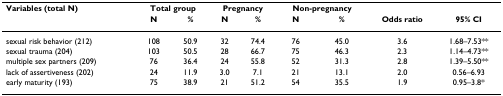
<table><thead><tr><td><b>Variables (total N)</b></td><td colspan="2"><b>Total group</b></td><td colspan="2"><b>Pregnancy</b></td><td colspan="2"><b>Non-pregnancy</b></td><td></td><td></td></tr><tr><td></td><td><b>N</b></td><td><b>%</b></td><td><b>N</b></td><td><b>%</b></td><td><b>N</b></td><td><b>%</b></td><td><b>Odds ratio</b></td><td><b>95% CI</b></td></tr></thead><tbody><tr><td>sexual risk behavior (212)</td><td>108</td><td>50.9</td><td>32</td><td>74.4</td><td>76</td><td>45.0</td><td>3.6</td><td>1.68–7.53**</td></tr><tr><td>sexual trauma (204)</td><td>103</td><td>50.5</td><td>28</td><td>66.7</td><td>75</td><td>46.3</td><td>2.3</td><td>1.14–4.73**</td></tr><tr><td>multiple sex partners (209)</td><td>76</td><td>36.4</td><td>24</td><td>55.8</td><td>52</td><td>31.3</td><td>2.8</td><td>1.39–5.50**</td></tr><tr><td>lack of assertiveness (202)</td><td>24</td><td>11.9</td><td>3.0</td><td>7.1</td><td>21</td><td>13.1</td><td>2.0</td><td>0.56–6.93</td></tr><tr><td>early maturity (193)</td><td>75</td><td>38.9</td><td>21</td><td>51.2</td><td>54</td><td>35.5</td><td>1.9</td><td>0.95–3.8*</td></tr></tbody></table>